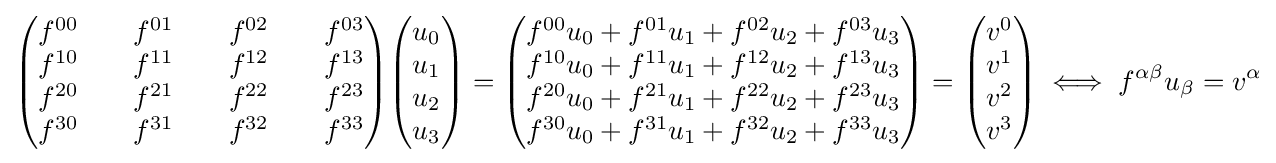
{\begin{pmatrix}f^{00}&&f^{01}&&f^{02}&&f^{03}\\f^{10}&&f^{11}&&f^{12}&&f^{13}\\f^{20}&&f^{21}&&f^{22}&&f^{23}\\f^{30}&&f^{31}&&f^{32}&&f^{33}\end{pmatrix}}{\begin{pmatrix}u_{0}\\u_{1}\\u_{2}\\u_{3}\end{pmatrix}}={\begin{pmatrix}f^{00}u_{0}+f^{01}u_{1}+f^{02}u_{2}+f^{03}u_{3}\\f^{10}u_{0}+f^{11}u_{1}+f^{12}u_{2}+f^{13}u_{3}\\f^{20}u_{0}+f^{21}u_{1}+f^{22}u_{2}+f^{23}u_{3}\\f^{30}u_{0}+f^{31}u_{1}+f^{32}u_{2}+f^{33}u_{3}\end{pmatrix}}={\begin{pmatrix}v^{0}\\v^{1}\\v^{2}\\v^{3}\end{pmatrix}}\iff f^{\alpha \beta }u_{\beta }=v^{\alpha }